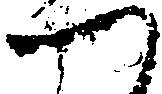
つ